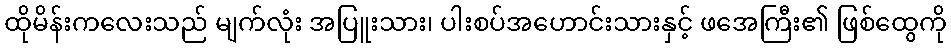
ထိုမိန်းကလေးသည် မျက်လုံး အပြူးသား၊ ပါးစပ်အဟောင်းသားနှင့် ဖအေကြီး၏ ဖြစ်ထွေကို